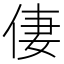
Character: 𠉯